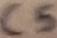
Text: C5